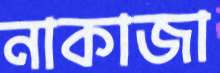
নাকাজা